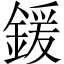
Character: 鍰